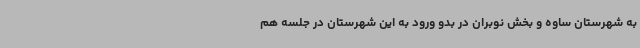
به شهرستان ساوه و بخش نوبران در بدو ورود به این شهرستان در جلسه هم